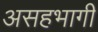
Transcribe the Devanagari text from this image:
असहभागी